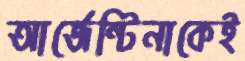
আর্জেন্টিনাকেই